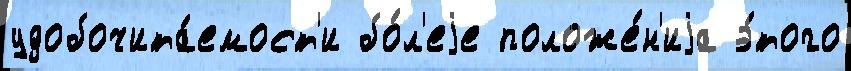
удобочита́емост'и бо́л'еjе положе́н'иjа э́того